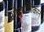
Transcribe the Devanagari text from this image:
औद्योगिकरन